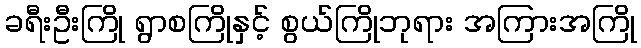
ခရီးဦးကြို ရွာစကြိုနှင့် စွယ်ကြိုဘုရား အကြားအကြို